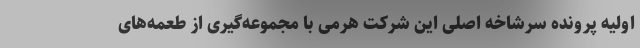
اولیه پرونده سرشاخه اصلی این شرکت هرمی با مجموعه‌گیری از طعمه‌های